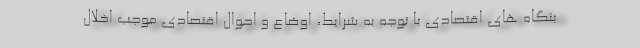
بنگاه های اقتصادی با توجه به شرایط، اوضاع و احوال اقتصادی موجب اخلال